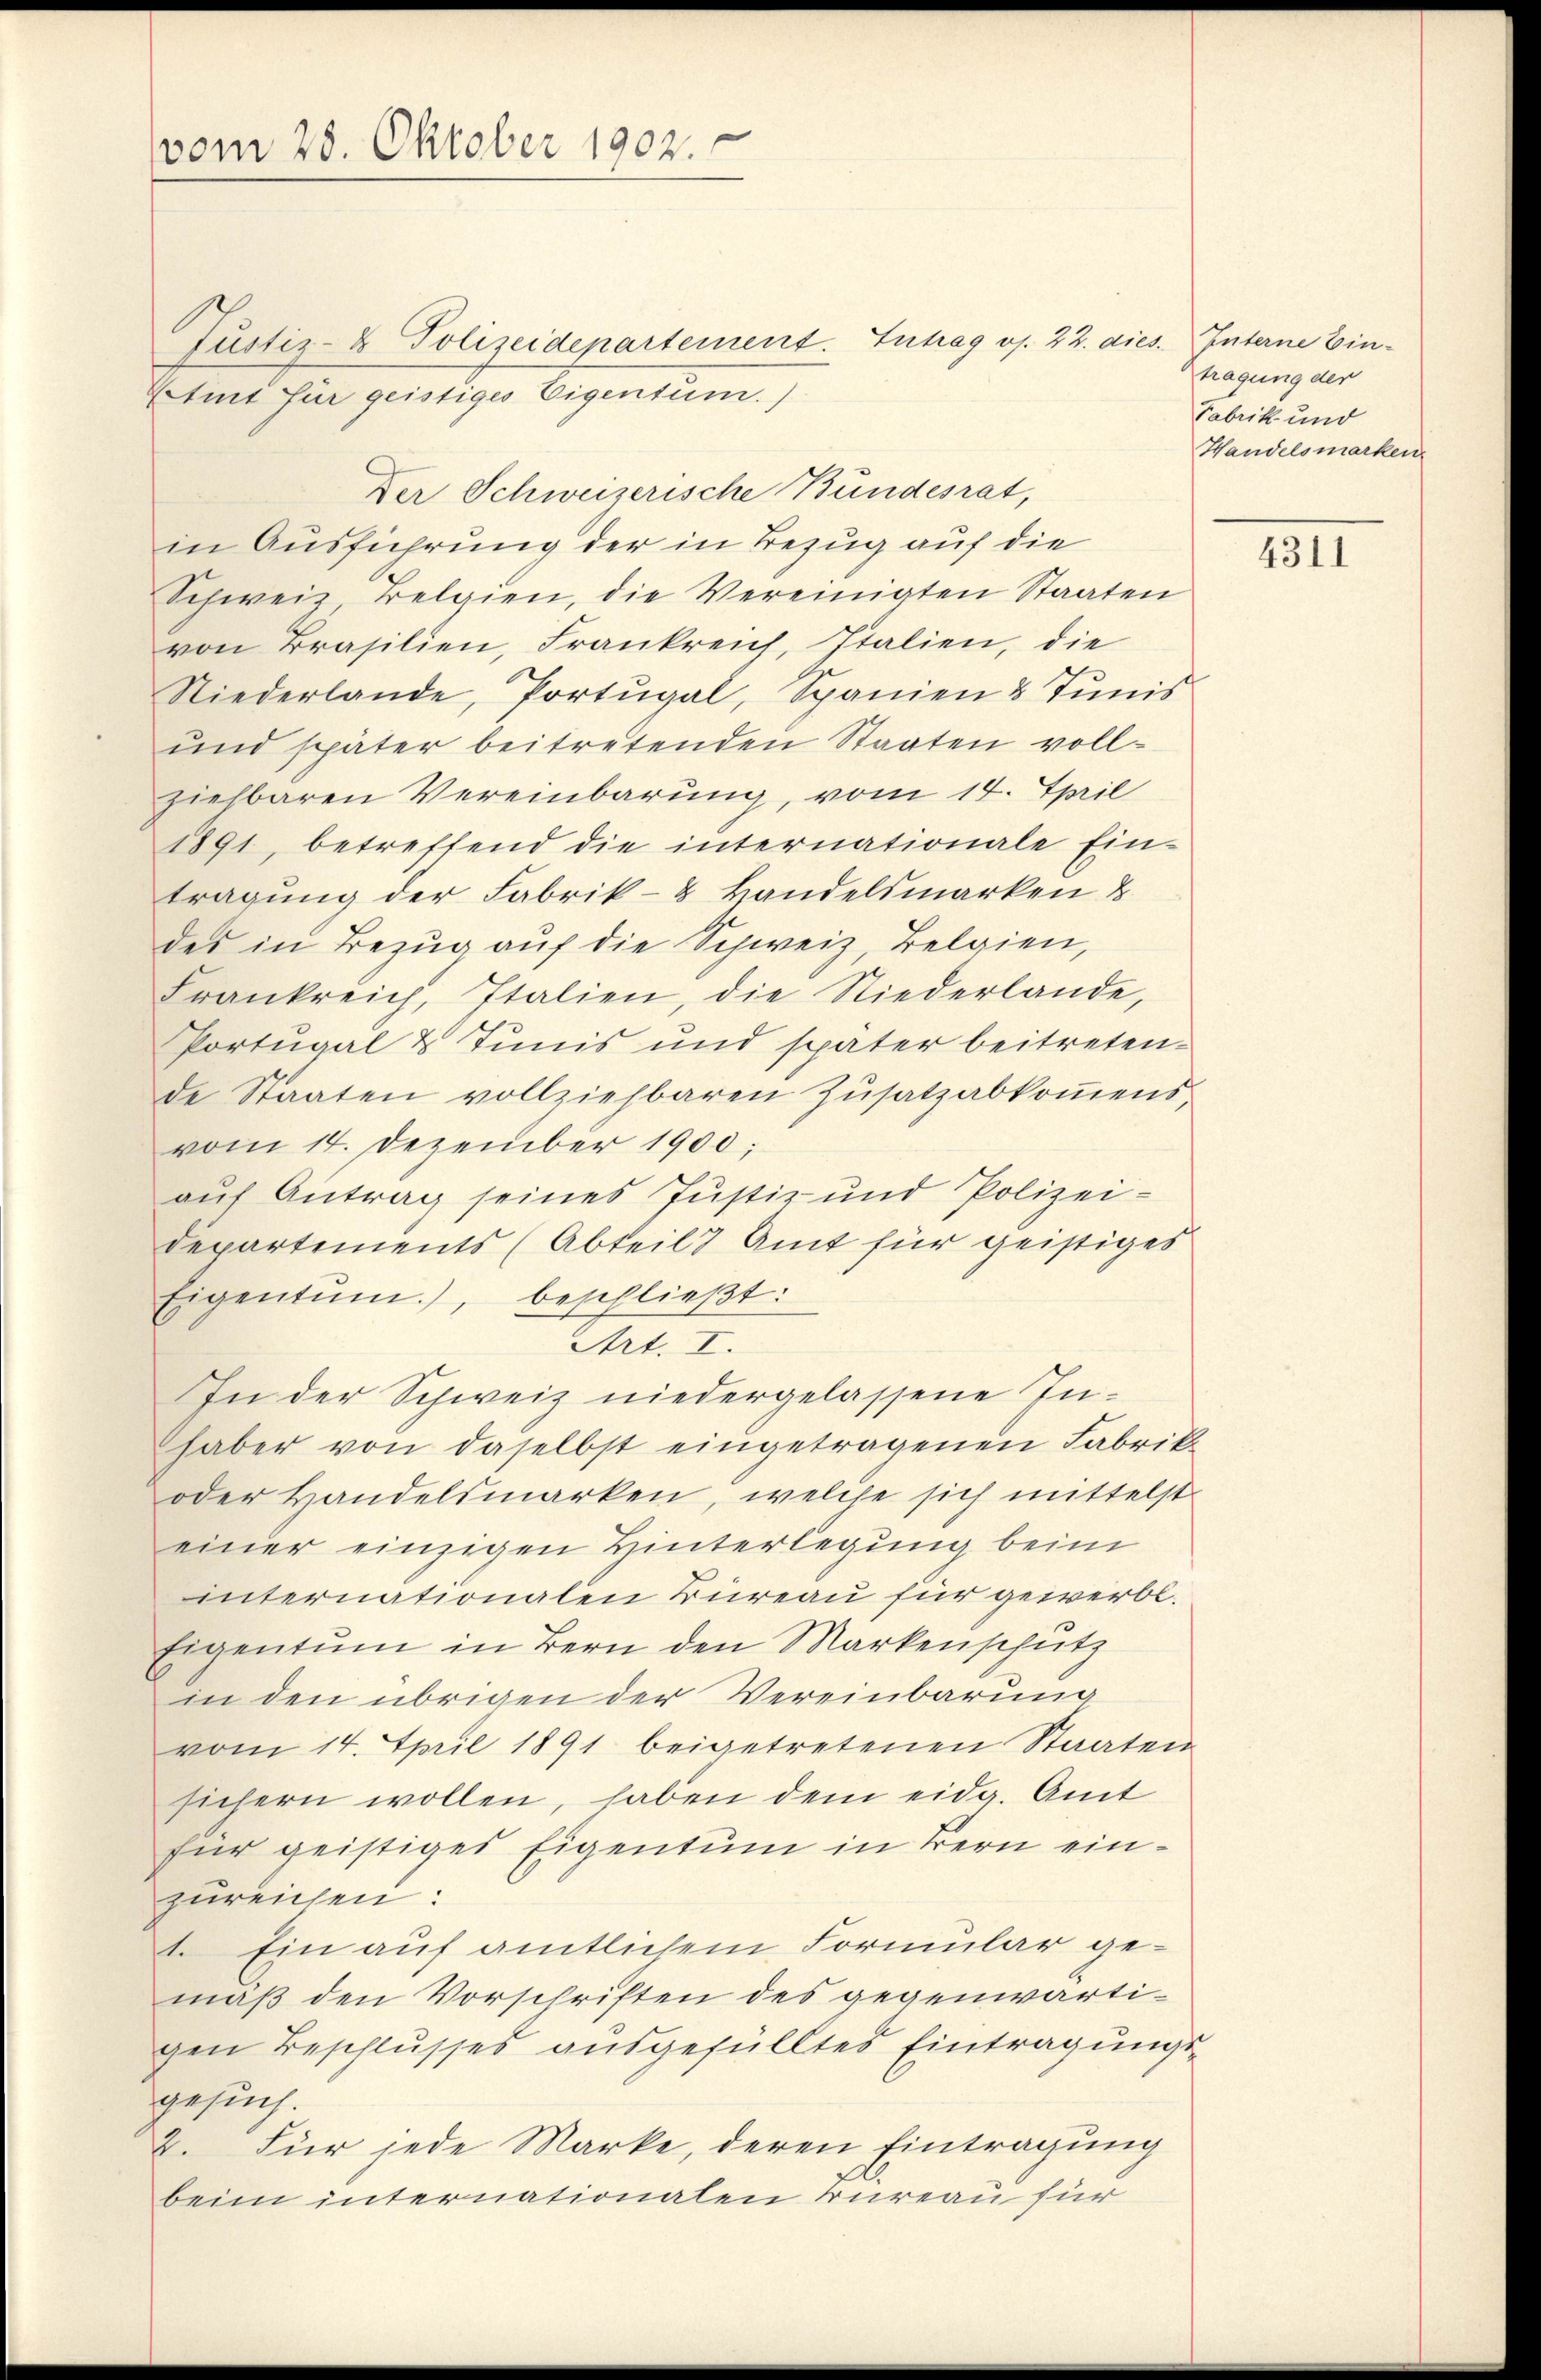
vom 28. Oktober 1902.

Etient für geistiges Eigentum.)
Der Schweizerische Bundesrat,
in Ausführung der in Bezug auf die
Schweiz Belgien, die Vereinigten Staaten
von Brasilien, Frankreich, Italien, die
Niederlande, Portugal, Spanien 8 Junis
ŭnd später beitretenden Staaten voll-
ziehbaren Vereinbarung, vom 14. April
1891, betreffend die internationale Ein-
tragung der Fabrik- & Handelsmarken &
des in Bezug auf die Schweiz, Belgien,
Frankreich, Italien, die Niederlande,
Portugal & Tunis und später beitretende Staaten vollziehbaren Zusatzabkommensvom 14. Dezember 1900;
auf Antrag seines Justiz und Polizei-
Departements (Abteils Amt für geistiges
Eigentum.), beschlieβt:
Art. I.
In der Schweiz niedergelassene Inhaber von daselbst eingetragenen Fabrik
oder Handelsmarken, welche sich mittelst
einer einzigen Hinterlegung beim
internationalen Büreau für gewerbe.
Eigentum in Bern den Markenschutz
in den übrigen der Vereinbarung
vom 14. April 1891 beigetretenen Staaten
sichern wollen, haben dem eidg. Amt
für geistiges Eigentum in Bern einzureichen:
1. Ein auf amtlichem Formular gemäß den Vorschriften des gegenwärtigen Beschlusses ausgefülltes Eintragungs-
gesuch.
2. Für jede Marke, deren Eintragung
beim internationalen Bureau für

Justiz- & Polizeidepartement. Eintrag/Antrag os. 22. dies. Interne Ein¬

tragung der
Fabrik und
Handelsmarken

4311